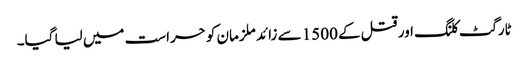
ٹارگٹ کلنگ اور قتل کے 1500 سے زائد ملزمان کو حراست میں لیا گیا۔